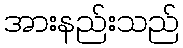
အားနည်းသည်